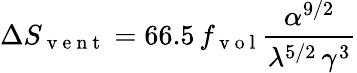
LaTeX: \Delta S_{\mathrm{~v~e~n~t~}}=66.5\, f_{\mathrm{~v~o~l~}}\frac{\alpha^{9/2}}{\lambda^{5/2}\, \gamma^{3}}